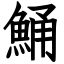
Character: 鯒